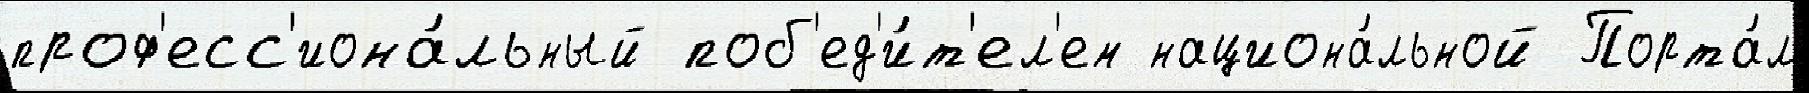
проф'есс'иона́льный поб'ед'и́т'ел'ем национа́льной Порта́л